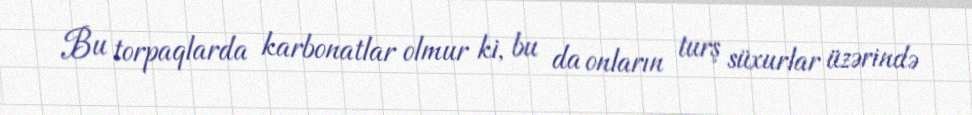
Bu torpaqlarda karbonatlar olmur ki, bu da onların turş süxurlar üzərində